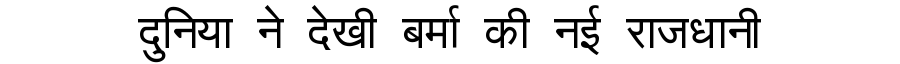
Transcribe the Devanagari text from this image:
दुनिया ने देखी बर्मा की नई राजधानी